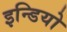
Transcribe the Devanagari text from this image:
इन्डियो